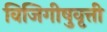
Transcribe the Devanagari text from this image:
विजिगीषुवृत्ती